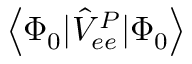
\left< \Phi _ { 0 } | \hat { V } _ { e e } ^ { P } | \Phi _ { 0 } \right>